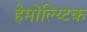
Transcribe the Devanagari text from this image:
हेमोल्य्टिक